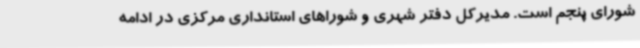
شورای پنجم است. مدیرکل دفتر شهری و شوراهای استانداری مرکزی در ادامه